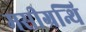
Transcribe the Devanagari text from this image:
मसीग्रन्थि